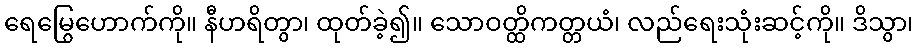
ရေမြွေဟောက်ကို။ နီဟရိတွာ၊ ထုတ်ခဲ့၍။ သောဝတ္ထိကတ္တယံ၊ လည်ရေးသုံးဆင့်ကို။ ဒိသွာ၊